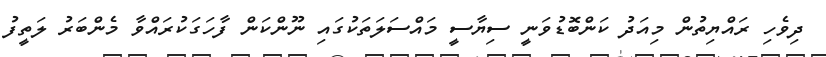
ދިވެހި ރައްޔިތުން މިއަދު ކަންބޮޑުވަނީ ސިޔާސީ މައްސަލަތަކުގައި ނޫންކަން ފާހަގަކުރައްވާ މެންބަރު ލަތީފު